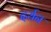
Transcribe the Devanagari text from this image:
दर्यन